Rangoon Lunatic Asylum 1878-1892 - 1878-1892
Year: 1878
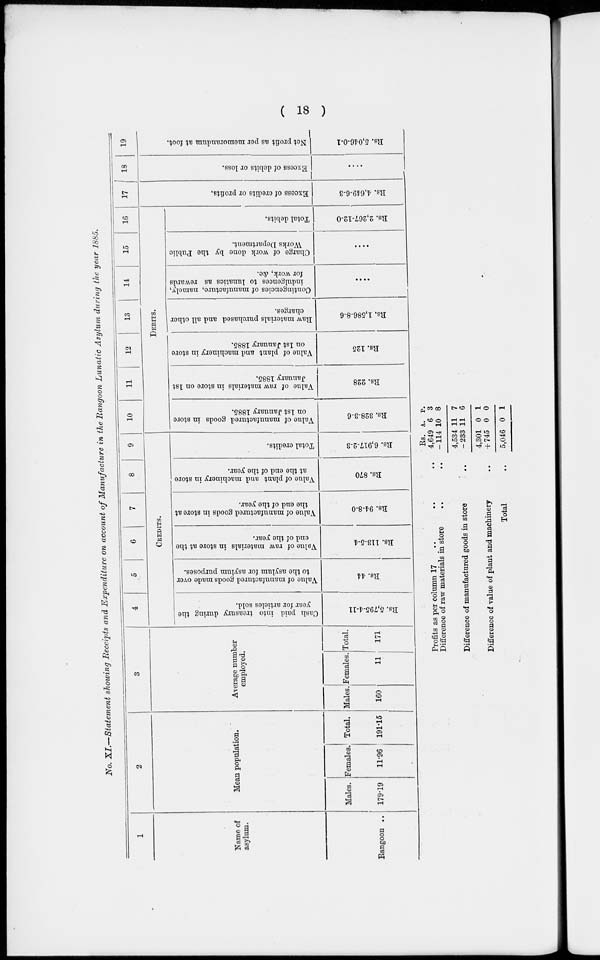
( 18 )
No. XI.—Statement showing Receipts and Expenditure on account of Manufacture in the Rangoon Lunatic Asylum during the year 1885.
1
Name of
asylum.
Rangoon ..
2
Mean population.
Males.
179.19
Females.
11.96
Total.
191.15
3
Average number
employed.
Males.
160
Females.
11
Total.
171
4 5 6 7 8 9
CREDITS.
Cash paid into treasury during the
year for articles sold.
Rs. 5,795-4-11
Value of manufactured goods made over
to the asylum for asylum purposes.
Rs. 44
Value of raw materials in store at the
end of the year.
Rs. 113-5-4
Value of manufactured goods in store at
the end of the year.
Rs. 94-8-0
Value of plant and machinery in store
at the end of the year.
Rs. 870
Total credits.
Rs. 6,917-2-3
10
11
12
13
14
15
16
DEBITS.
Value of manufactured goods in store
on 1st January 1885.
Rs. 328-3-6
Value of raw materials in store on 1st
January 1885.
Rs. 228
Value of plant and machinery in store
on 1st January 1885.
Rs. 125
Raw materials purchased and all other
charges.
Rs. 1,586-8-6
Contingencies of manufacture, namely,
indulgences to lunatics as rewards
for work, &c.
....
Charge of work done by the Public
Works Department.
....
Total debits.
Rs. 2,267-12-0
17
Excess of credits or profits.
Rs. 4,649-6-3
18
Excess of debits or loss.
....
19
Net profit as per memorandum at foot.
Rs. 5,046-0-1
Profits as per column 17 .. .. ..
Difference of raw materials in store .. ..
Difference of manufactured goods in store ..
Difference of value of plant and machinery ..
Total ..
Rs.
4,649
—114
4,534
—233
4,301
+ 745
5,046
A.
6
10
11
11
0
0
0
P.
3
8
7
6
1
0
1